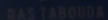
DAS YABOUA